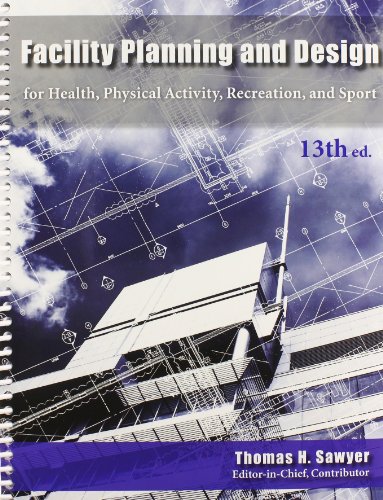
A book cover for Facility Planning and Design for Health, Physical Activity, Recreation and Sport 13th Edition; Business & Money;